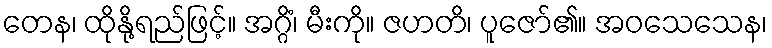
တေန၊ ထိုနို့ရည်ဖြင့်။ အဂ္ဂိံ၊ မီးကို။ ဇဟတိ၊ ပူဇော်၏။ အဝသေသေန၊